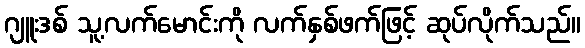
ဂျူးဒစ် သူ့လက်မောင်းကို လက်နှစ်ဖက်ဖြင့် ဆုပ်လိုက်သည်။